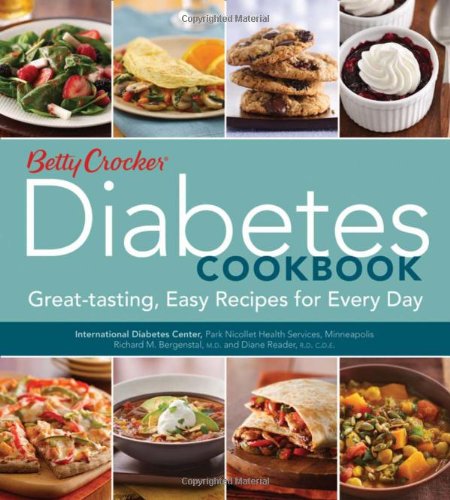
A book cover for Betty Crocker Diabetes Cookbook: Great-tasting, Easy Recipes for Every Day (Betty Crocker Cooking); Betty Crocker; Cookbooks, Food & Wine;